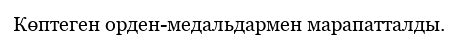
Көптеген орден-медальдармен марапатталды.